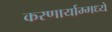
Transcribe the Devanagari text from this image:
करणार्याम्मध्ये